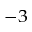
^ { - 3 }